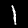
Label: 1